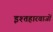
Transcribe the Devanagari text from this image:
इश्तहारवाजों